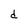
Character: d